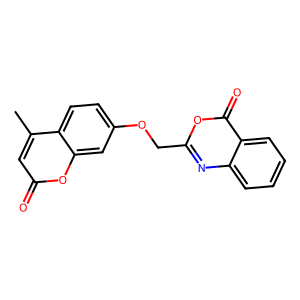
SMILES: Cc1cc(=O)oc2cc(OCc3nc4ccccc4c(=O)o3)ccc12
Inhibits HIV replication: No